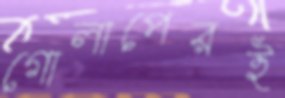
গোলাপেরই